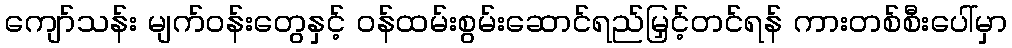
ကျော်သန်း မျက်ဝန်းတွေနှင့် ဝန်ထမ်းစွမ်းဆောင်ရည်မြှင့်တင်ရန် ကားတစ်စီးပေါ်မှာ